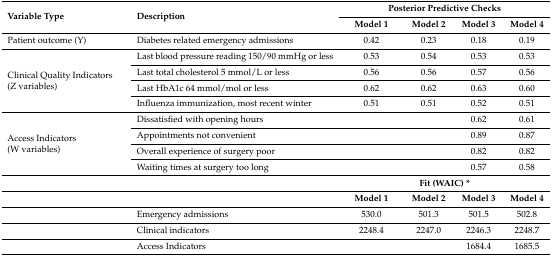
| <ROWSPAN=2> Variable Type | <ROWSPAN=2> Description | <COLSPAN=4> Posterior Predictive Checks |
 | Model 1 | Model 2 | Model 3 | Model 4 |
 | --- | --- | --- | --- | --- | --- |
 | Patient outcome (Y) | Diabetes related emergency admissions | 0.42 | 0.23 | 0.18 | 0.19 |
 | <ROWSPAN=4> Clinical Quality Indicators (Z variables) | Last blood pressure reading 150/90 mmHg or less | 0.53 | 0.54 | 0.53 | 0.53 |
 | Last total cholesterol 5 mmol/L or less | 0.56 | 0.56 | 0.57 | 0.56 |
 | Last HbA1c 64 mmol/mol or less | 0.62 | 0.62 | 0.63 | 0.60 |
 | Influenza immunization, most recent winter | 0.51 | 0.51 | 0.52 | 0.51 |
 | <ROWSPAN=4> Access Indicators (W variables) | Dissatisfied with opening hours |  |  | 0.62 | 0.61 |
 | Appointments not convenient |  |  | 0.89 | 0.87 |
 | Overall experience of surgery poor |  |  | 0.82 | 0.82 |
 | Waiting times at surgery too long |  |  | 0.57 | 0.58 |
 |  |  | <COLSPAN=4> Fit (WAIC) * |
 |  |  | Model 1 | Model 2 | Model 3 | Model 4 |
 |  | Emergency admissions | 530.0 | 501.3 | 501.5 | 502.8 |
 |  | Clinical indicators | 2248.4 | 2247.0 | 2246.3 | 2248.7 |
 |  | Access Indicators |  |  | 1684.4 | 1685.5 |